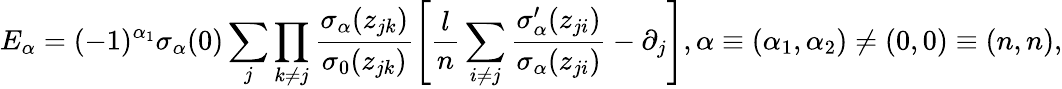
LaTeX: E_{\alpha}=(-1)^{\alpha_{1}}\sigma_{\alpha}(0)\sum_{j}\prod_{k\neq j}\frac{\sigma_{\alpha}(z_{jk})}{\sigma_{0}(z_{jk})}\left[\frac{l}{n}\sum_{i\neq j}\frac{\sigma_{\alpha}^{\prime}(z_{ji})}{\sigma_{\alpha}(z_{ji})}-\partial_{j}\right],\alpha\equiv(\alpha_{1},\alpha_{2})\neq(0,0)\equiv(n,n),